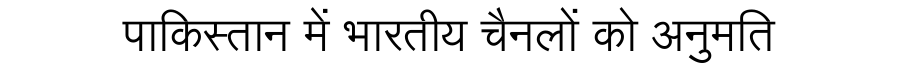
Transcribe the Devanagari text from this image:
पाकिस्तान में भारतीय चैनलों को अनुमति